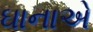
ઘાનાએ